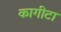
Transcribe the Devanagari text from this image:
कागीटा